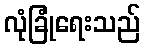
လုံခြုံရေးသည်